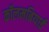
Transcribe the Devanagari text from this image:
कॉलमबियाई